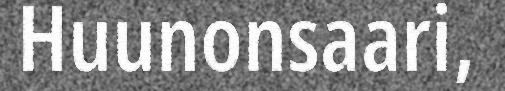
Huunonsaari,